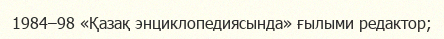
1984–98 «Қазақ энциклопедиясында» ғылыми редактор;